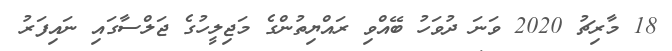
18 މާރިޗު 2020 ވަނަ ދުވަހު ބޭއްވި ރައްޔިތުންގެ މަޖިލީހުގެ ޖަލްސާގައި ނައިފަރު